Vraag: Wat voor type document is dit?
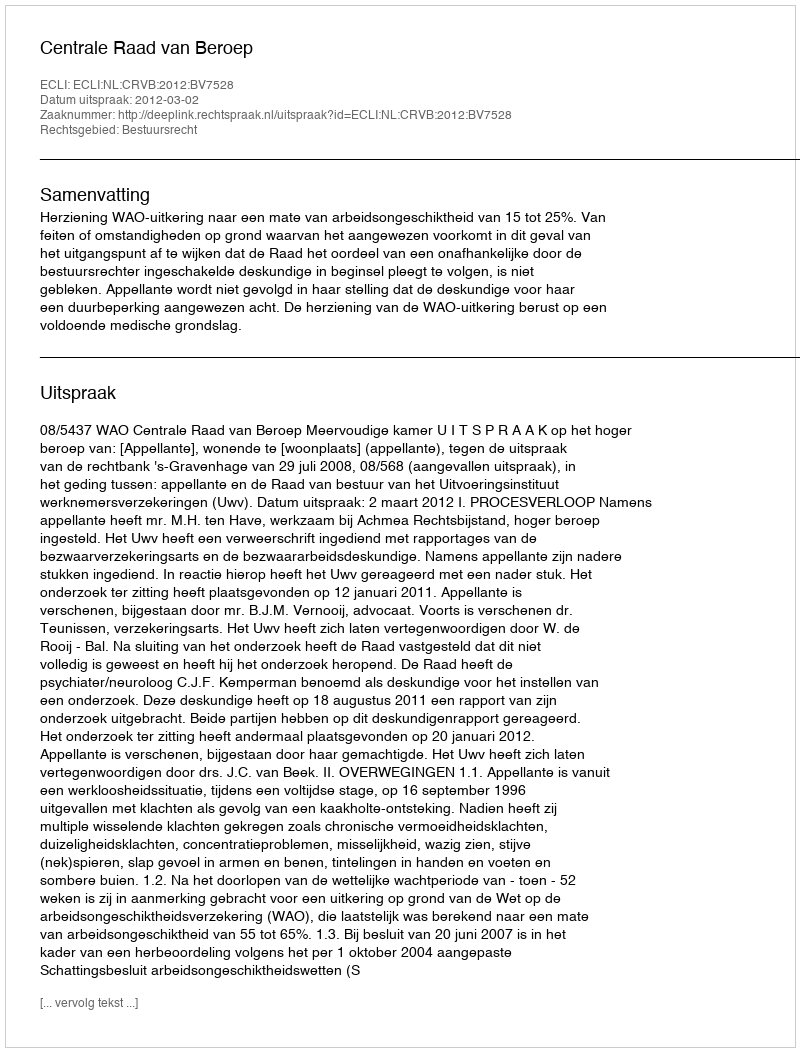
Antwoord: Uitspraak